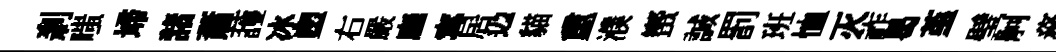
剎嗤埽諸蕭䕶冰塑右嚴廱𡩋居辸貓重濮蠁誠罰班恤灭祚曷堇璧舸務